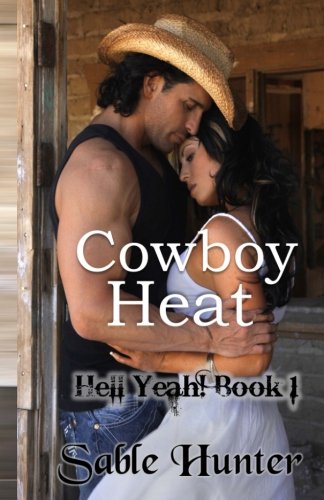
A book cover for Cowboy Heat: Hell Yeah! Series; Sable Hunter; Romance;